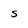
Character: S